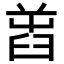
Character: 𦥭